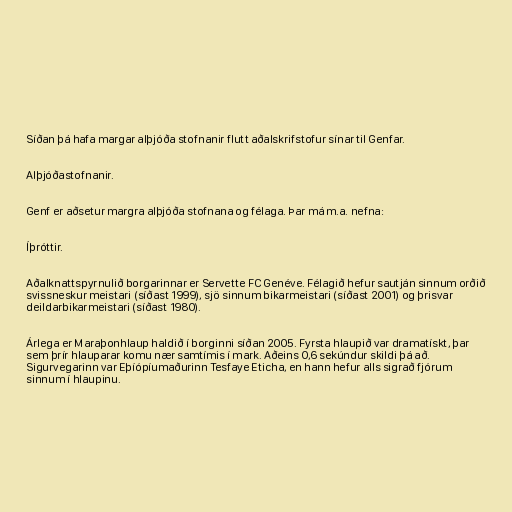
Síðan þá hafa margar alþjóða stofnanir flutt aðalskrifstofur sínar til Genfar.

Alþjóðastofnanir.

Genf er aðsetur margra alþjóða stofnana og félaga. Þar má m.a. nefna:

Íþróttir.

Aðalknattspyrnulið borgarinnar er Servette FC Genéve. Félagið hefur sautján sinnum orðið
svissneskur meistari (síðast 1999), sjö sinnum bikarmeistari (síðast 2001) og þrisvar
deildarbikarmeistari (síðast 1980).

Árlega er Maraþonhlaup haldið í borginni síðan 2005. Fyrsta hlaupið var dramatískt, þar
sem þrír hlauparar komu nær samtímis í mark. Aðeins 0,6 sekúndur skildi þá að.
Sigurvegarinn var Eþíópíumaðurinn Tesfaye Eticha, en hann hefur alls sigrað fjórum
sinnum í hlaupinu.